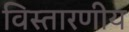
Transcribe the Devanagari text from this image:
विस्तारणीय